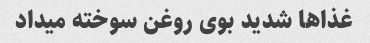
غذاها شدید بوی روغن سوخته میداد